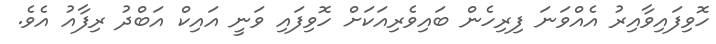
ހޮވިފައިވާއިރު އެއްވަނަ ފިރިހެން ބައިވެރިއަކަށް ހޮވިފައި ވަނީ އައިކް އަބްދު ރިފާއު އެވެ.